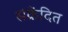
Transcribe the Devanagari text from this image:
संक्रेंदित